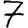
Digit: 7